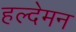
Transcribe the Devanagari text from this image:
हल्देमन